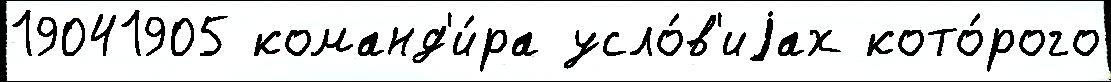
19041905 команд'и́ра усло́в'иjах кото́рого